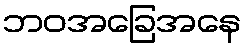
ဘဝအခြေအနေ